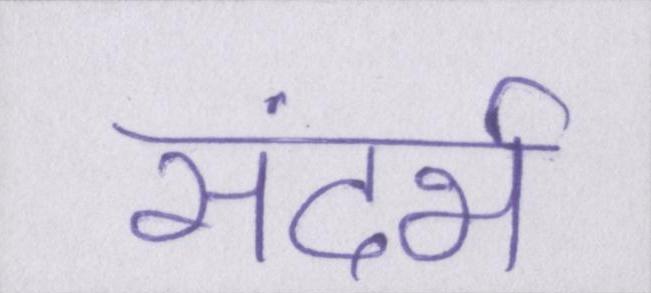
संदर्भ